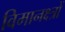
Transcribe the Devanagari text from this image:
विमानक्ष्त्रों